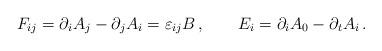
LaTeX: \begin{align*} F_{ij} = \partial_i A_j - \partial_j A_i = \varepsilon_{ij} B\, , \qquad E_i = \partial_i A_0 - \partial_t A_i \, .\end{align*}